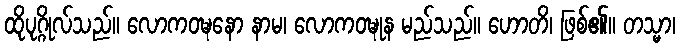
ထိုပုဂ္ဂိုလ်သည်။ လောကဝဍ္ဎနော နာမ၊ လောကဝဍ္ဎုန မည်သည်။ ဟောတိ၊ ဖြစ်၏။ တသ္မာ၊